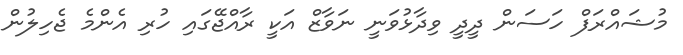
މުޝައްރަފް ހަސަން ދީދީ ވިދާޅުވަނީ ނަވާޒް އަކީ ރާއްޖޭގައި ހުރި އެންމެ ޖެހިލުން